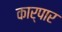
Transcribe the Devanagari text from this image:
कार्पार